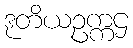
ဒုတိယဥက္ကဌ